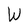
Character: W